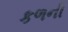
કળની